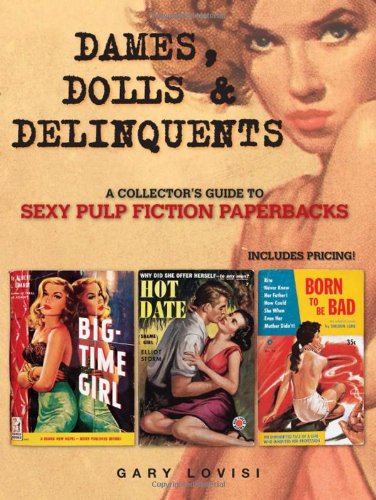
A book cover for Dames, Dolls and Delinquents: A Collector's Guide to Sexy Pulp Fiction Paperbacks; Gary Lovisi; Crafts, Hobbies & Home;